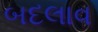
બદલાવ